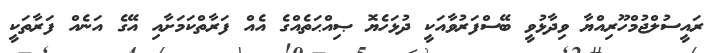
ރައީސުލްޖުމްހޫރިއްޔާ ވިދާޅުވީ ބޭސްފަރުވާއަކީ ދުޅަހެޔޮ ޞިއްޙަތެއްގެ އެއް ފަރާތްކަމަށާއި އޭގެ އަނެއް ފަރާތަކީ